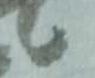
候